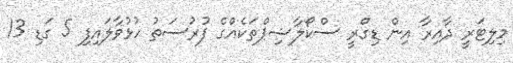
މިލިޓަރީ ދާއިރާ އިން ޑިގްރީ ސްކޯލާޝިޕްތަކެއްގެ ފުރުސަތު ހުޅުވާލައިފި 5 ގަޑި 13